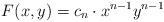
LaTeX: \begin{align*}F(x,y) = c_n \cdot x^{n-1} y^{n-1}\end{align*}